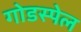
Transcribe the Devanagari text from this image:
गोडस्पेल